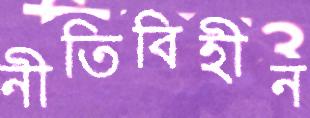
নীতিবিহীন